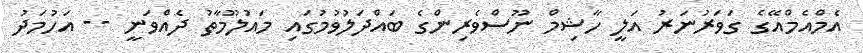
އެމްއެމްއޭގެ ގަވަރުނަރު އަލީ ހާޝިމް ނޫސްވެރިންގެ ބައްދަލުވުމުގައި މައުލޫމާތު ދެއްވަނީ -- އަހުމަދު